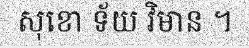
សុខោ ទ័យ វិមាន ។